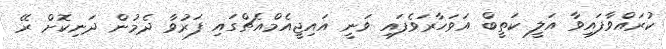
ކުރައްވާފައިވާ އަލީ ކަތީބް އަވަހާރަވެފައި ވަނީ އައިޖީއެމްއެޗްގައި ފަރުވާ ދެމުން ދަނިކޮށް ރޭ